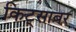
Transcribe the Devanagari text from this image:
किट्साबर